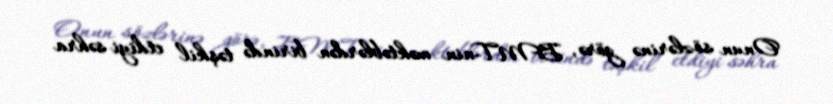
Onun sözlərinə görə, BMT-nin məktəblərdən birində təşkil etdiyi səhra